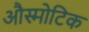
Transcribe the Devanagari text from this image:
औस्मोटिक